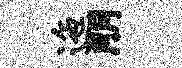
迤朋